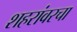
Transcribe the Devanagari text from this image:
शहरांवरचा